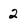
Character: 2